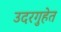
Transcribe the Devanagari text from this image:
उदरगुहेत